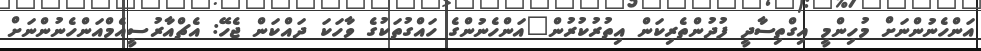
އަންހެނުންނަށް މުހިންމީ އިގްތިސާދީ ފުދުންތެރިކަން އިތުރުކުރުން"އަންހެނުންގެ ހައްގުތަކުގެ ވާހަކަ ދައްކަން ޖެހޭ: އެޗްއާރުސީއެމްއަންހެނުންނަށް